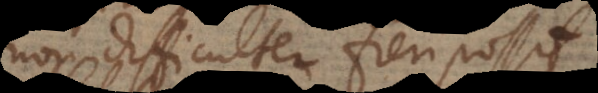
non difficulter fieri possi